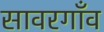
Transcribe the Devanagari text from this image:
सावरगाँव